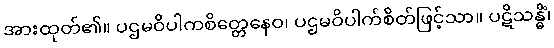
အားထုတ်၏။ ပဌမဝိပါကစိတ္တေနေဝ၊ ပဌမဝိပါက်စိတ်ဖြင့်သာ။ ပဋိသန္ဓိံ၊